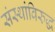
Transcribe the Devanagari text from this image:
संस्थांविरुद्ध